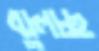
ঝুলচ্ছ